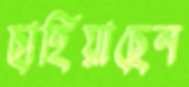
ছাহিয়াছেন